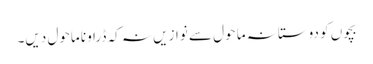
بچوں کو دوستانہ ما حول سے نوازیں نہ کہ ڈراونا ماحول دیں۔